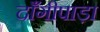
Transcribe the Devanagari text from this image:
दाँगीपाड़ा